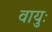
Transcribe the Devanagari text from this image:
वायुः